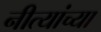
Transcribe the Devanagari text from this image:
नीत्यांच्या